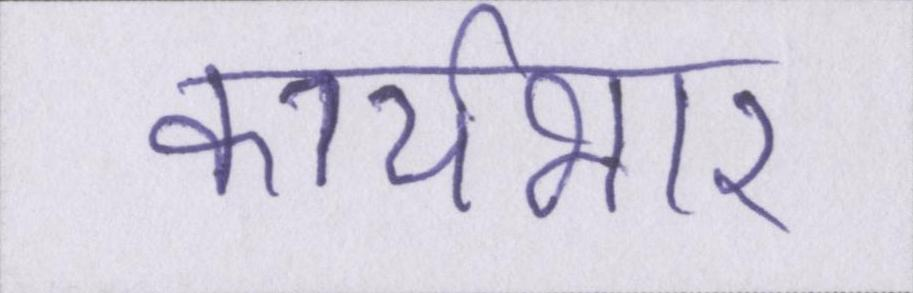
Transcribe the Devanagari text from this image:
कार्यभार